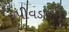
પીવડાવતા